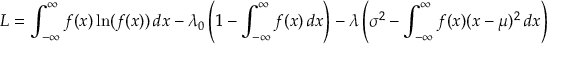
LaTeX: L = \int _ { - \infty } ^ { \infty } f ( x ) \ln ( f ( x ) ) \, d x - \lambda _ { 0 } \left( 1 - \int _ { - \infty } ^ { \infty } f ( x ) \, d x \right) - \lambda \left( \sigma ^ { 2 } - \int _ { - \infty } ^ { \infty } f ( x ) ( x - \mu ) ^ { 2 } \, d x \right)